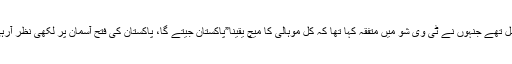
یہ صاحب ان بارہ نجومیوں میں بھی شامل تھے جنہوں نے ٹی وی شو میں متفقہ کہا تھا کہ کل موہالی کا میچ یقینا”پاکستان جیتے گا، پاکستان کی فتح آسمان پر لکھی نظر آرہی ہے‘…اور پاکستان یہ میچ ہار گیا تھا۔